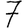
Digit: 7